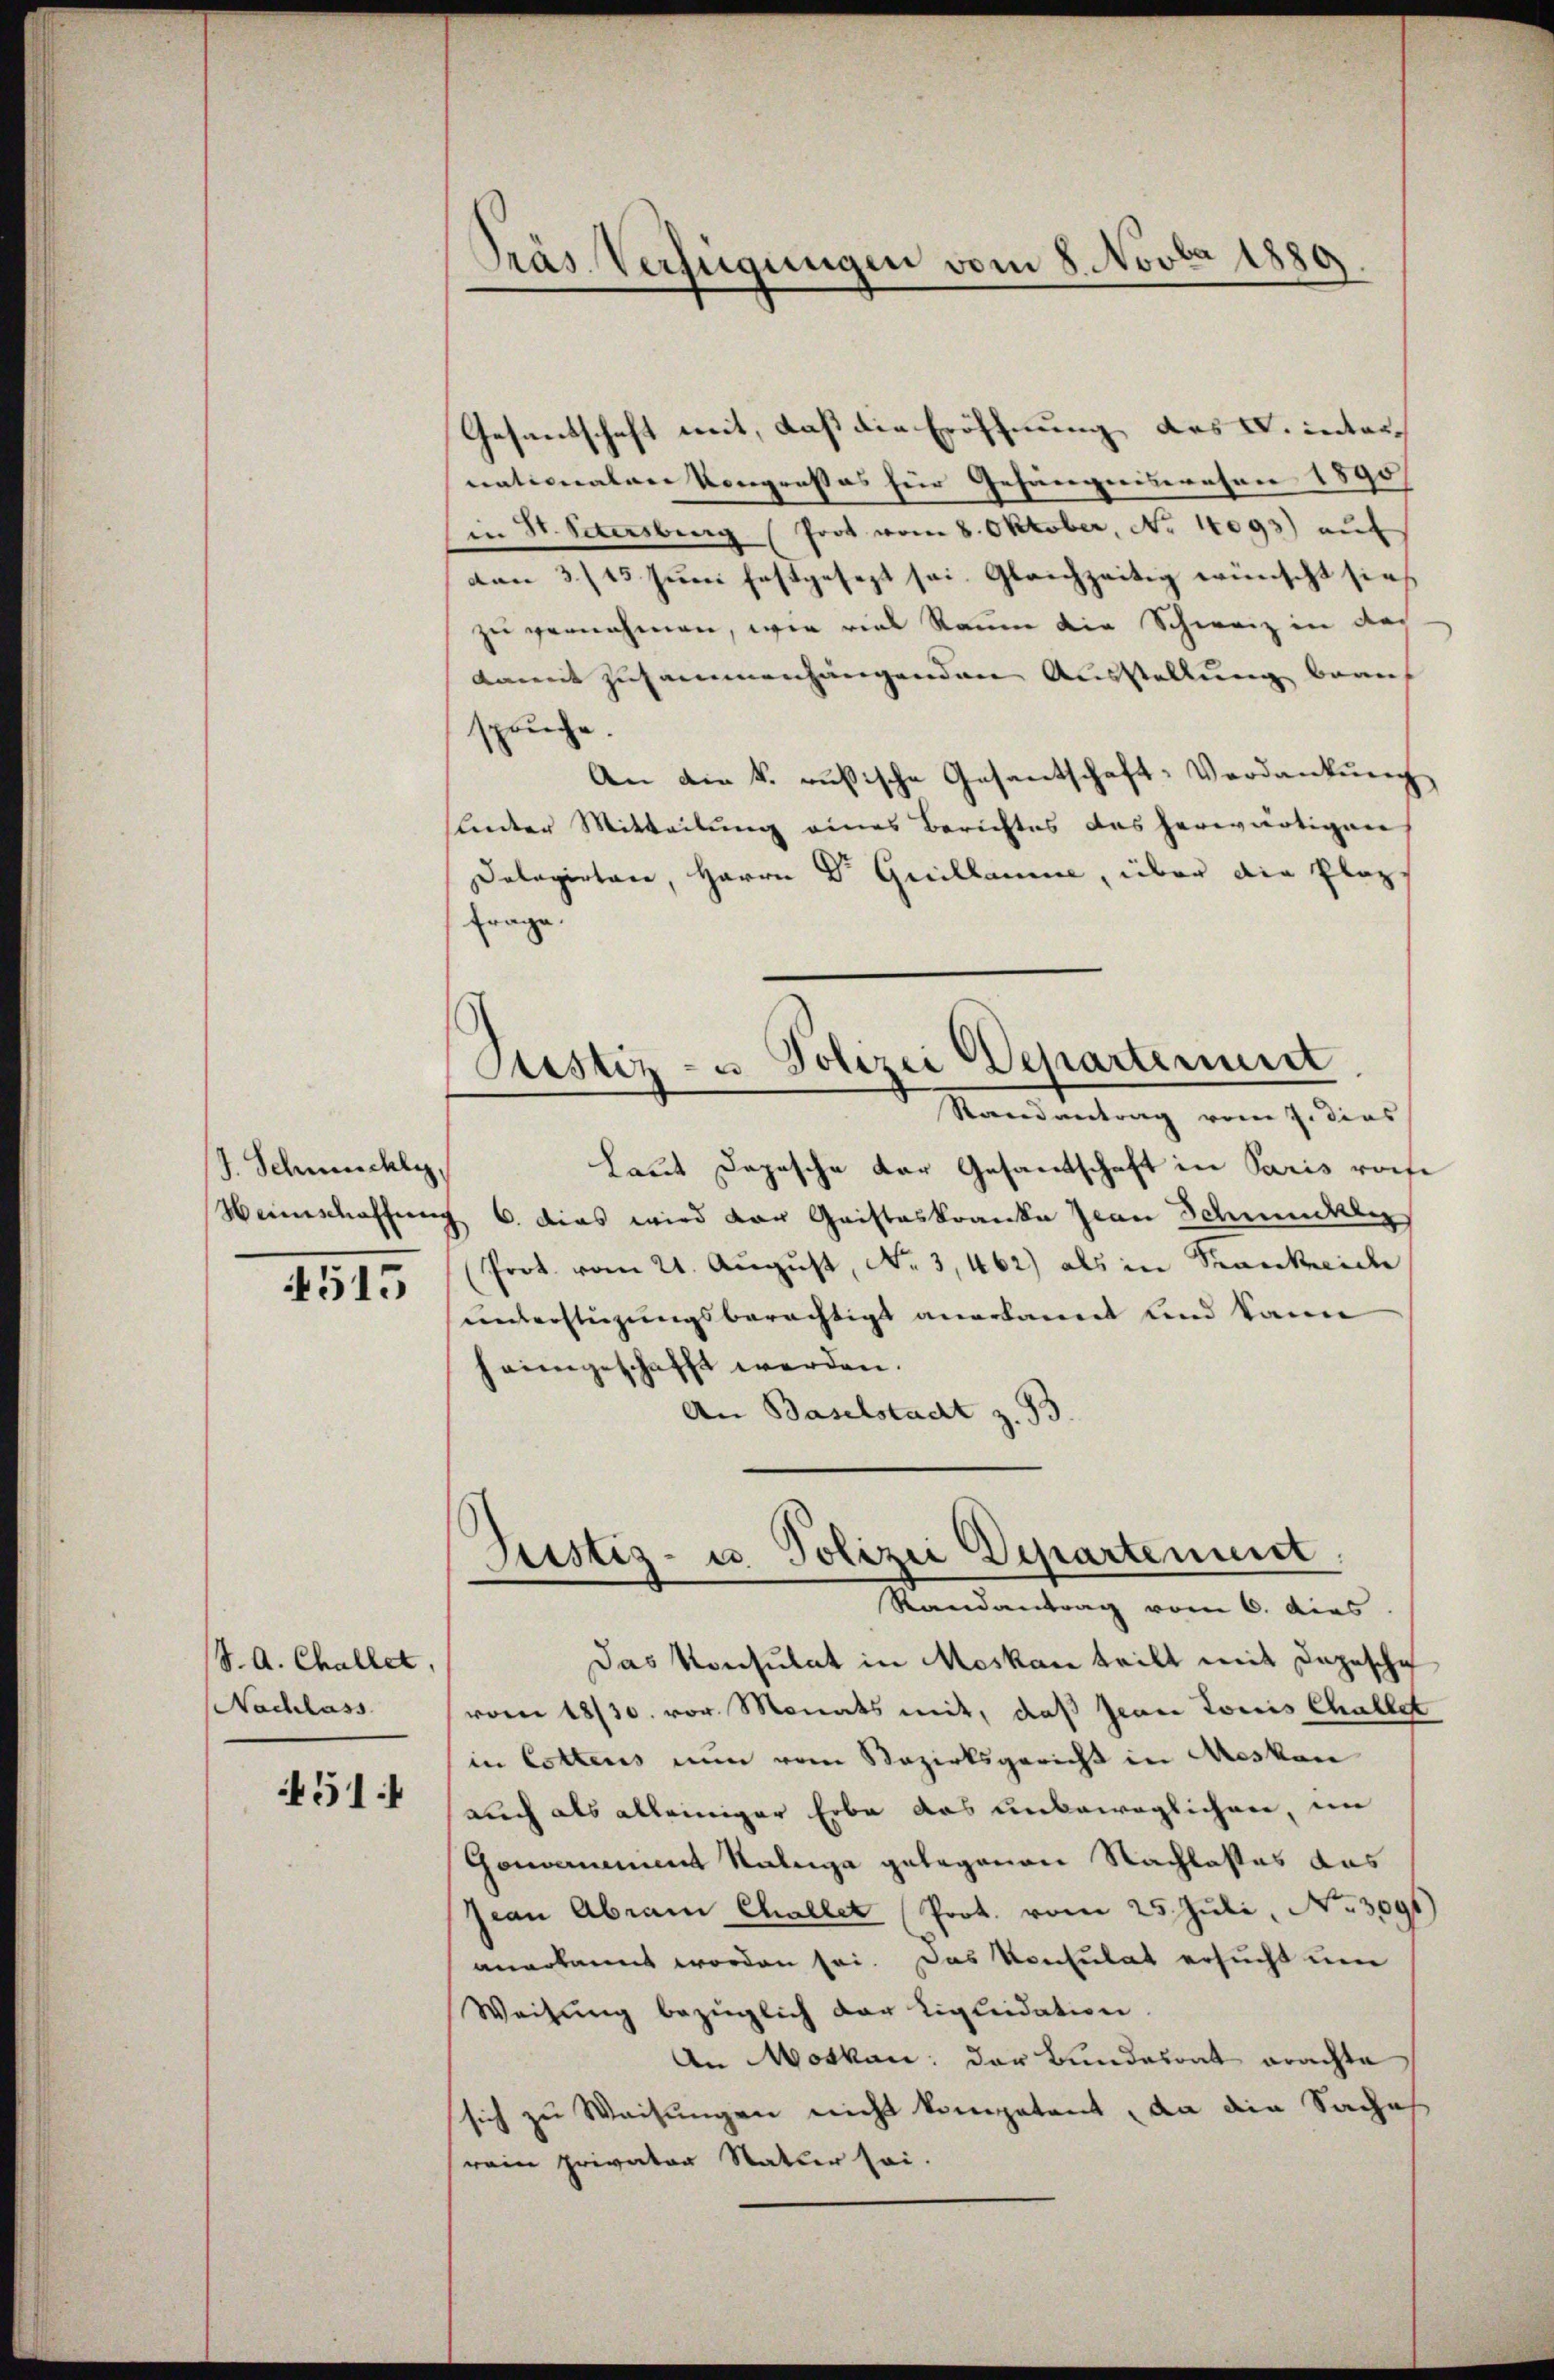
J. Schmuchly

4515

S. A. Challet,
Nachlass
51

Präs. Verfügungen vom 8. Novia 1889.

Gesandschaft mit, daß die Eröffnung des L. inter
nationalen Kongresses für Gefängniswesen 1890
(in St. Petersburg (Prot vom 8. Oktober, No 14093) auf
von 3/15. Juni festgesezt sei. Gleichzeitig wünscht sies
zu vernehmen, wie viel Raum die Schweiz in der
damit zusammenhängenden Ausstellung beans
spruche
An die k. russische Gesantschaft: Verdankŭng
leter Mitteilung eines Berichtes das herwärtigen
Dalagirten, Herrn Dr Guillamme, über die Plaz,
frage.
Randantrag vom 7. dies
Laut Depesche der Gesandtschaft in Paris reife
Weinschaffung 6. dies wird der Geisteskranka Jean Schmuckle
Prot. vom 21. Aŭgŭst No. 3462) als in Krankreide
unterstiegungsberechtigt anerkannt und kann
heimgeschafft werden.
An Baselstadt z. B.
Justiz- u. Polizei Departement,
Randantrag vom 6. dies
Das Konsulat in Moskau teilt mit Depesche
vom 18/30. vor. Monats mit, daß Jean Louis Challet
in Cottens nun vom Bezirksgericht in Aeskon
auch als alleiniger Erbe das unbeweglichen, im
Gomanent Kalige gelegenen Nachlasses das
Jean Abrain Challet Prot. vom 25. Juli, No. 3091
anerkannt worden sei. Das Konsulat ersucht um
Weisung bezüglich der Ligleidation
An Moskau: der Bunderont brachte
sich zu Weisungen nicht kompetent, da die Saches
rein privater Natur sei.

Sistiz- u. Polizei Departenirt